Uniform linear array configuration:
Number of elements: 12
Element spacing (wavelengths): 0.25
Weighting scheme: hann
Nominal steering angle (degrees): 0
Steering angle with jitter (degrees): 1.859
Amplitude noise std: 0.05
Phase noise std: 0.05

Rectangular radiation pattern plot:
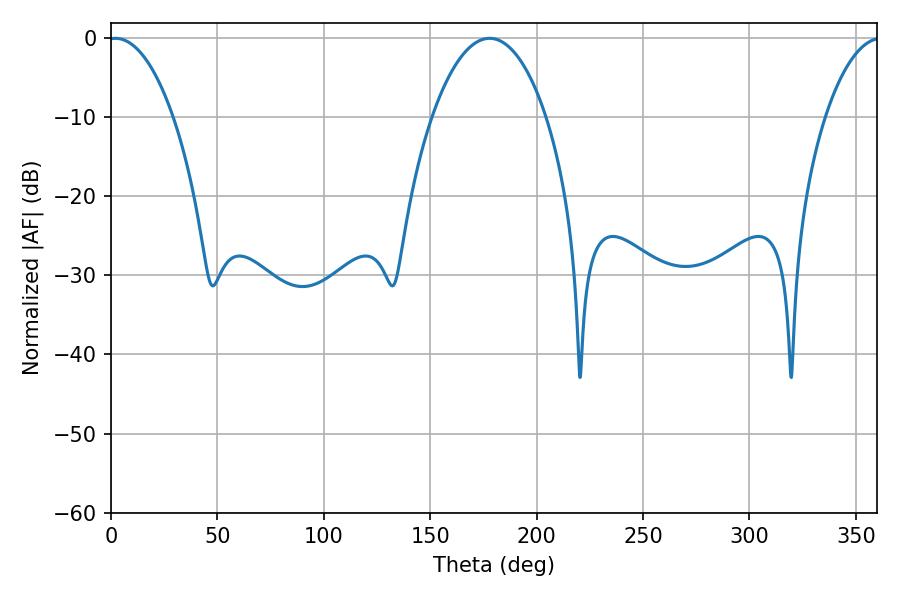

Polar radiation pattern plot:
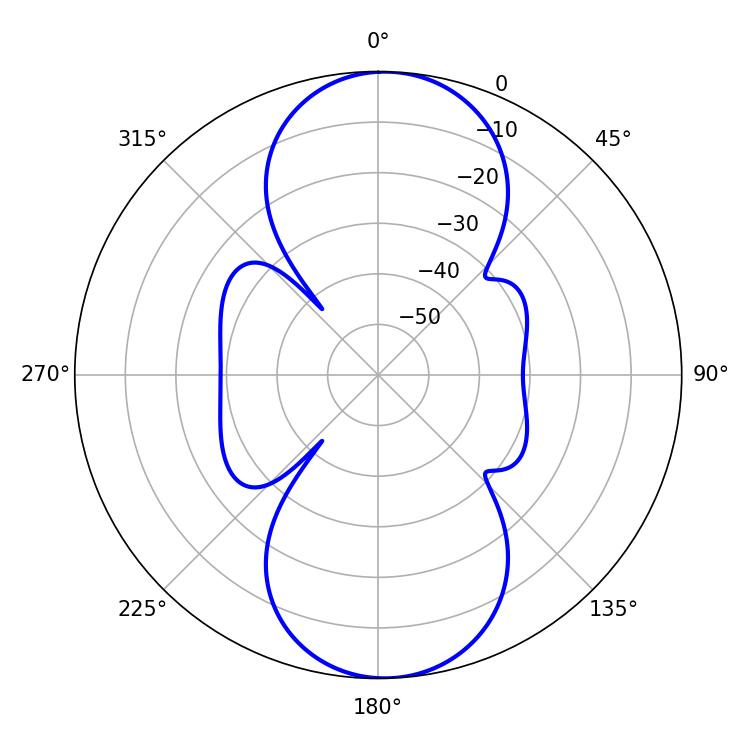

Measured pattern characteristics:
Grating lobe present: FALSE
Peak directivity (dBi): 16.768
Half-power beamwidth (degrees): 17.1
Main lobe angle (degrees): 2.16